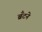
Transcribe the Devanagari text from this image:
ब्रँटने